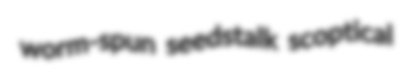
worm-spun seedstalk scoptical